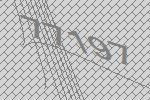
77197